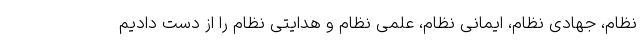
نظام، جهادی نظام، ایمانی نظام، علمی نظام و هدایتی نظام را از دست دادیم